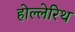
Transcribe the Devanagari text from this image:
होल्लेरिथ